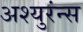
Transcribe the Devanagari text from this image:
अश्युरंन्स